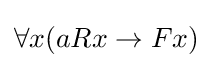
\forall x(aRx\to Fx)